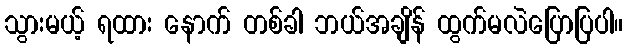
သွားမယ့် ရထား နောက် တစ်ခါ ဘယ်အချိန် ထွက်မလဲပြောပြပါ။